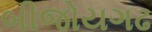
બીજોયગઢ